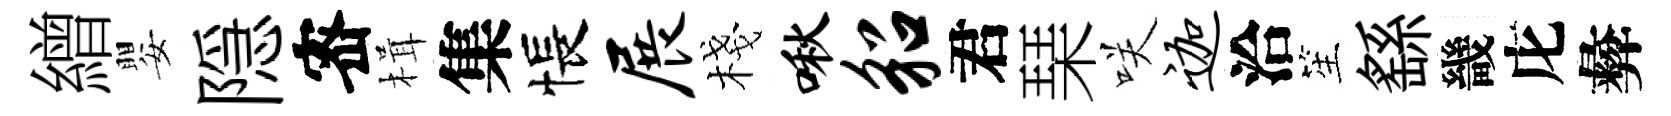
繒嬰隠宻楫集悵展棧啾貂君琹咲迦洽笙繇畿庀彜